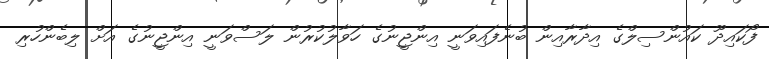
ފޯކައިދޫ ކައުންސިލްގެ އިދާރާއިން ބުނެފައިވަނީ އިންޖީނުގެ ހަވާލުކުރުން ލަސްވަނީ އިންޖީނުގެ އަށް ލިބެންހުރި